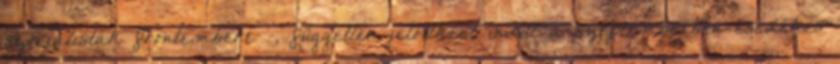
szocialisták frontembere -, független jelöltként indul a szeptemberben esedékes